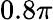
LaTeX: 0.8\pi